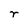
Character: r